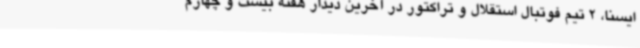
ایسنا، 2 تیم فوتبال استقلال و تراکتور در آخرین دیدار هفته بیست و چهارم